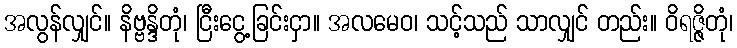
အလွန်လျှင်။ နိဗ္ဗန္ဒိတုံ၊ ငြီးငွေ့ခြင်းငှာ။ အလမေဝ၊ သင့်သည် သာလျှင် တည်း။ ဝိရဇ္ဇိတုံ၊